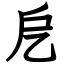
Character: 戹